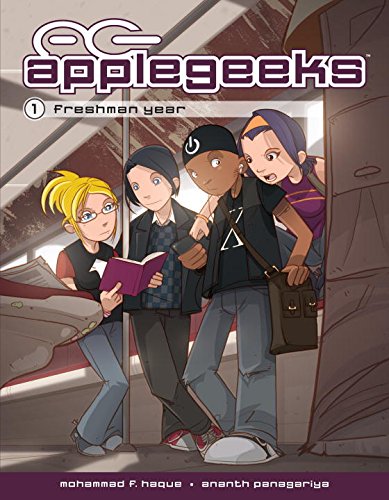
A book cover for Applegeeks Volume 1: Freshman Year; Ananth Panagariya; Humor & Entertainment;